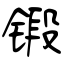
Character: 锻